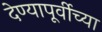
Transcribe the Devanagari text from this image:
देण्यापूर्वीच्या